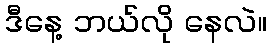
ဒီနေ့ ဘယ်လို နေလဲ။